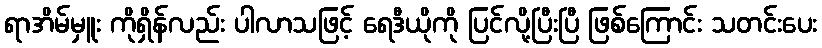
ရာအိမ်မှူး ကိုရှိန်လည်း ပါလာသဖြင့် ရေဒီယိုကို ပြင်လို့ပြီးပြီ ဖြစ်ကြောင်း သတင်းပေး